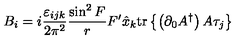
B _ { i } = i \frac { \varepsilon _ { i j k } } { 2 \pi ^ { 2 } } \frac { \sin ^ { 2 } F } { r } F ^ { \prime } \hat { x } _ { k } \mathrm { t r } \left\{ \left( \partial _ { 0 } A ^ { \dag } \right) A \tau _ { j } \right\}